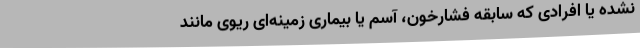
نشده یا افرادی که سابقه فشارخون، آسم یا بیماری زمینه‌ای ریوی مانند